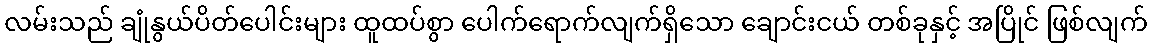
လမ်းသည် ချုံနွယ်ပိတ်ပေါင်းများ ထူထပ်စွာ ပေါက်ရောက်လျက်ရှိသော ချောင်းငယ် တစ်ခုနှင့် အပြိုင် ဖြစ်လျက်